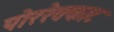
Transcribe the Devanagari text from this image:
पोररेक्काट